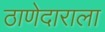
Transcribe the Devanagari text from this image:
ठाणेदाराला